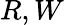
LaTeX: R,W